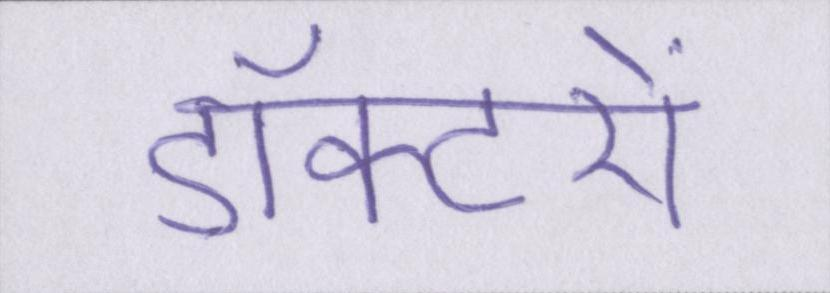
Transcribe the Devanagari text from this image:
डॉक्टरों